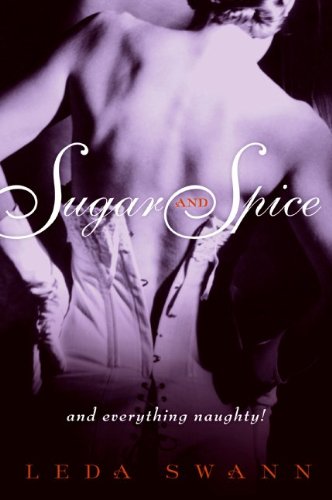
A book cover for Sugar and Spice (Avon Red); Leda Swann; Romance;